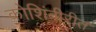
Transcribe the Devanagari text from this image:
कोशिंबीरीत